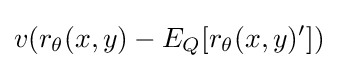
v(r_{\theta }(x,y)-E_{Q}[r_{\theta }(x,y)'])